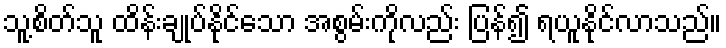
သူ့စိတ်သူ ထိန်းချုပ်နိုင်သော အစွမ်းကိုလည်း ပြန်၍ ရယူနိုင်လာသည်။